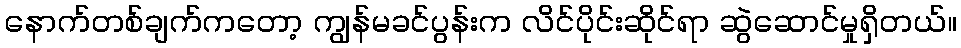
နောက်တစ်ချက်ကတော့ ကျွန်မခင်ပွန်းက လိင်ပိုင်းဆိုင်ရာ ဆွဲဆောင်မှုရှိတယ်။